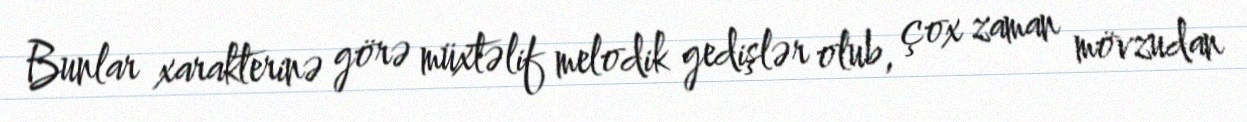
Bunlar xarakterinə görə müxtəlif melodik gedişlər olub, çox zaman mövzudan